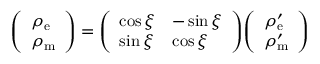
{ \left( \begin{array} { l } { \rho _ { \mathrm { e } } } \\ { \rho _ { \mathrm { m } } } \end{array} \right) } = { \left( \begin{array} { l l } { \cos \xi } & { - \sin \xi } \\ { \sin \xi } & { \cos \xi } \end{array} \right) } { \left( \begin{array} { l } { \rho _ { \mathrm { e } } ^ { \prime } } \\ { \rho _ { \mathrm { m } } ^ { \prime } } \end{array} \right) }